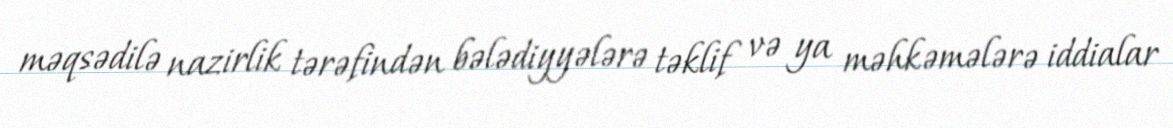
məqsədilə nazirlik tərəfindən bələdiyyələrə təklif və ya məhkəmələrə iddialar